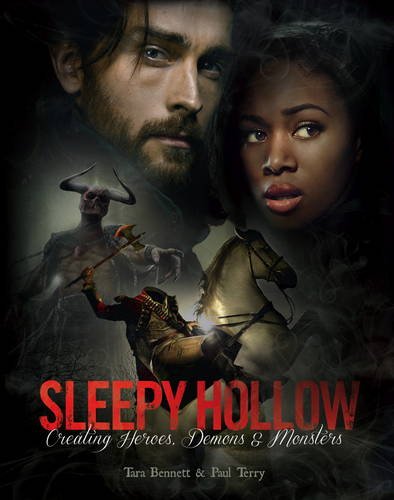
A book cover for Sleepy Hollow: Creating Heroes, Demons and Monsters; Tara Bennett; Humor & Entertainment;